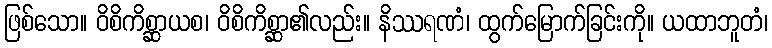
ဖြစ်သော။ ဝိစိကိစ္ဆာယစ၊ ဝိစိကိစ္ဆာ၏လည်း။ နိဿရဏံ၊ ထွက်မြောက်ခြင်းကို။ ယထာဘူတံ၊